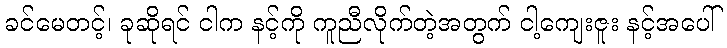
ခင်မေတင့်၊ ခုဆိုရင် ငါက နင့်ကို ကူညီလိုက်တဲ့အတွက် ငါ့ကျေးဇူး နင့်အပေါ်